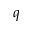
q